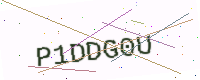
Text: P1DDG0U